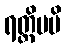
ရတ္တိမပိ